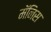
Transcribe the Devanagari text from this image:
मॅनिस